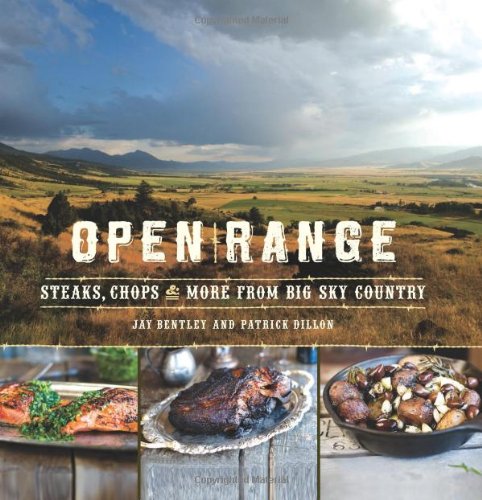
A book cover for Open Range: Steaks, Chops, and More from Big Sky Country; Jay Bentley; Cookbooks, Food & Wine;